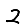
Digit: 2